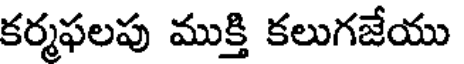
కర్మఫలపు ముక్తి కలుగజేయు